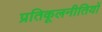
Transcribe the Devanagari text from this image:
प्रतिकूलनीतियों